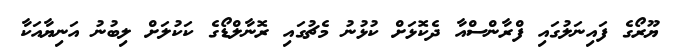
ޔޫރޯގެ ފައިނަލުގައި ފްރާންސްއާ ދެކޮޅަށް ކުޅުނު މެޗުގައި ރޮނާލްޑޯގެ ކަކުލަށް ލިބުނު އަނިޔާއަކާ